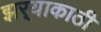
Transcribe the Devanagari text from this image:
झर्‍याकाठी